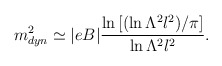
\begin{align*}m_{dyn}^2\simeq |eB| \frac{\ln\left[(\ln\Lambda^2l^2)/\pi \right]} {\ln\Lambda^2l^2}.\end{align*}